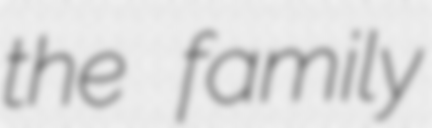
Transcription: the family